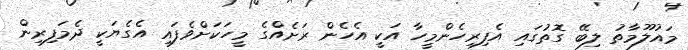
މައުލޫމާތު ލިބޭ ގޮތުގައި އެފިރިހެންމީހާ އަކީ އެހެން ރަށެއްގެ މީހަކަށްވެފައި އެގެޔަކީ ދެމަފިރިން